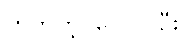
ဟုတ်ကဲ့၊ ပြောပါဦး။